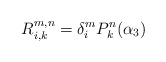
\begin{align*}R_{i,k}^{m,n}=\delta_i^mP_k^n(\alpha_3) \end{align*}